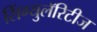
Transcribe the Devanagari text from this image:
सिंग्युलॅरिटीज